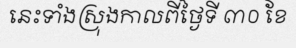
នេះទាំងស្រុងកាលពីថ្ងៃទី ៣០ ខែ